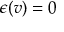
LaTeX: \epsilon ( v ) = 0